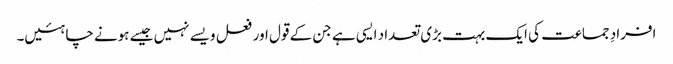
افرادِ جماعت کی ایک بہت بڑی تعداد ایسی ہے جن کے قول اور فعل ویسے نہیں جیسے ہونے چاہئیں۔